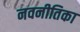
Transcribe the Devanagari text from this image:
नवनीतिका